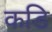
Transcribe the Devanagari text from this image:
कडि